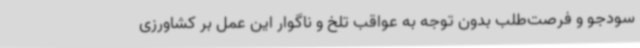
سودجو و فرصت‌طلب بدون توجه به عواقب تلخ و ناگوار این عمل بر کشاورزی